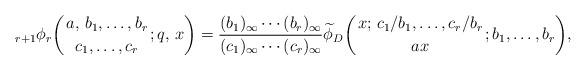
LaTeX: \begin{align*}{}_{r + 1}\phi_{r}\biggl(\genfrac..{0pt}{}{a,\, b_{1}, \dotsc, b_{r}}{c_{1}, \dotsc, c_{r}}; q,\, x\biggr) = \frac{(b_{1})_{\infty} \dotsm (b_{r})_{\infty}}{(c_{1})_{\infty} \dotsm (c_{r})_{\infty}} \widetilde{\phi}_{D}\biggl(\genfrac..{0pt}{}{x;\, c_{1} / b_{1}, \dotsc, c_{r} / b_{r}}{a x}; b_{1}, \dotsc, b_{r}\biggr), \end{align*}